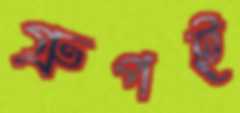
গ্রুপই